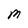
Character: M